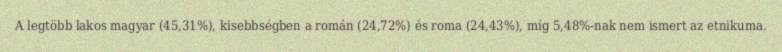
A legtöbb lakos magyar (45,31%), kisebbségben a román (24,72%) és roma (24,43%), míg 5,48%-nak nem ismert az etnikuma.